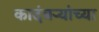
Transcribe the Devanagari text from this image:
कादंबऱ्यांच्या